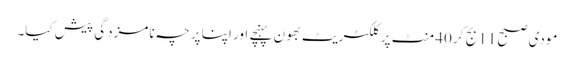
مودی صبح 11 بج کر 40 منٹ پر کلکٹریٹ بھون پہنچے اور اپنا پرچہ نامزدگی پیش کیا۔